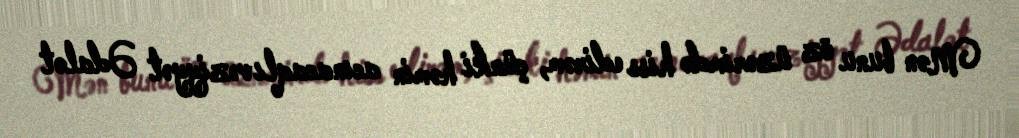
Mən bunu öz üzərimdə hiss edirəm, çünki həmin acınacaqlı vəziyyət Ədalət